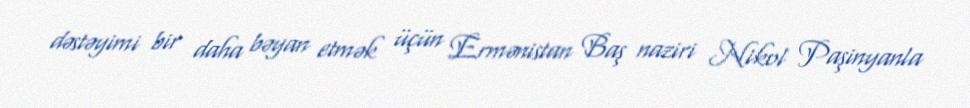
dəstəyimi bir daha bəyan etmək üçün Ermənistan Baş naziri Nikol Paşinyanla